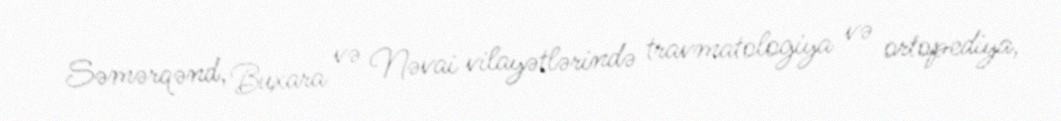
Səmərqənd, Buxara və Nəvai vilayətlərində travmatologiya və ortopediya,